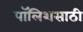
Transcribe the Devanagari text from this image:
पॉलिशसाठी